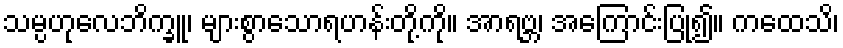
သမ္ပဟုလေဘိက္ခူ၊ များစွာသောရဟန်းတို့ကို။ အာရဗ္ဘ၊ အကြောင်းပြု၍။ ကထေသိ၊